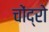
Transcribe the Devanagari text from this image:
चोंद्रो